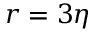
r = 3 \eta